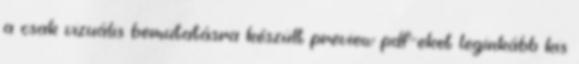
a csak vizuális bemutatásra készült preview pdf-eket leginkább kis